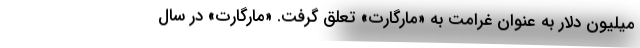
میلیون دلار به عنوان غرامت به «مارگارت» تعلق گرفت. «مارگارت» در سال